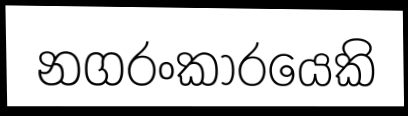
නගරංකාරයෙකි